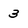
Character: 3